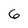
Character: 6